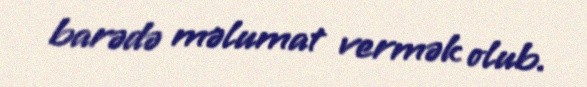
barədə məlumat vermək olub.